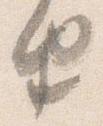
由